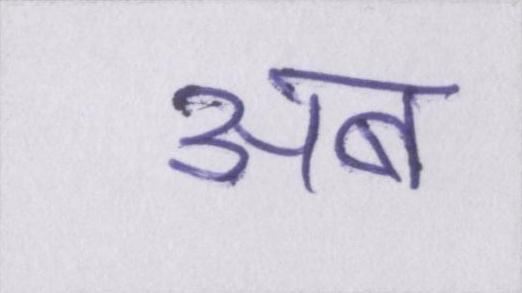
अब